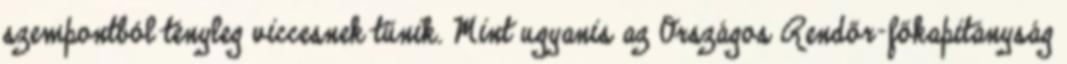
szempontból tényleg viccesnek tűnik. Mint ugyanis az Országos Rendőr-főkapitányság